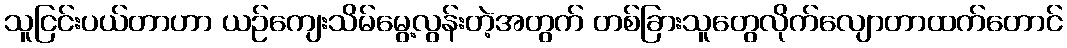
သူငြင်းပယ်တာဟာ ယဉ်ကျေးသိမ်မွေ့လွန်းတဲ့အတွက် တစ်ခြားသူတွေလိုက်လျောတာထက်တောင်